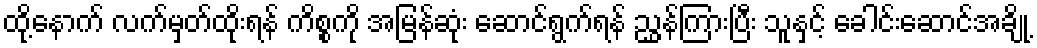
ထို့နောက် လက်မှတ်ထိုးရန် ကိစ္စကို အမြန်ဆုံး ဆောင်ရွက်ရန် ညွှန်ကြားပြီး သူနှင့် ခေါင်းဆောင်အချို့